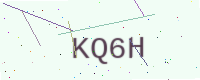
Text: KQ6H